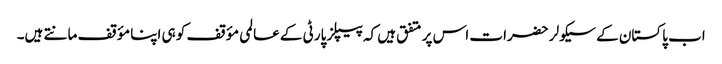
اب پاکستان کے سیکولر حضرات اس پر متفق ہیں کہ پیپلز پارٹی کے عالمی مؤقف کو ہی اپنا مؤقف مانتے ہیں۔